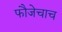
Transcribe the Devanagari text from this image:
फौजेचाच